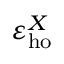
\varepsilon _ { \mathrm { h o } } ^ { X }